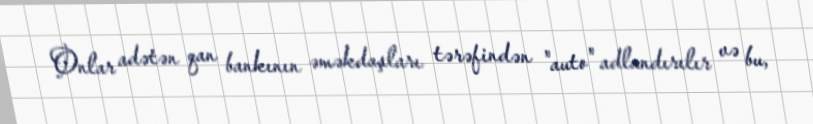
Onlar adətən qan bankının əməkdaşları tərəfindən "auto" adlandırılır və bu,